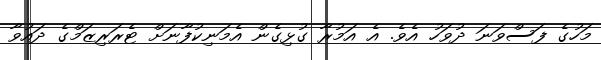
މަހުގެ ފަސްވަނަ ދުވަހު އެވެ. އެ އަމުރާ ގުޅިގެން އެމަނިކުފާނަށް ޓެރަރިޒަމްގެ ދައުވާ